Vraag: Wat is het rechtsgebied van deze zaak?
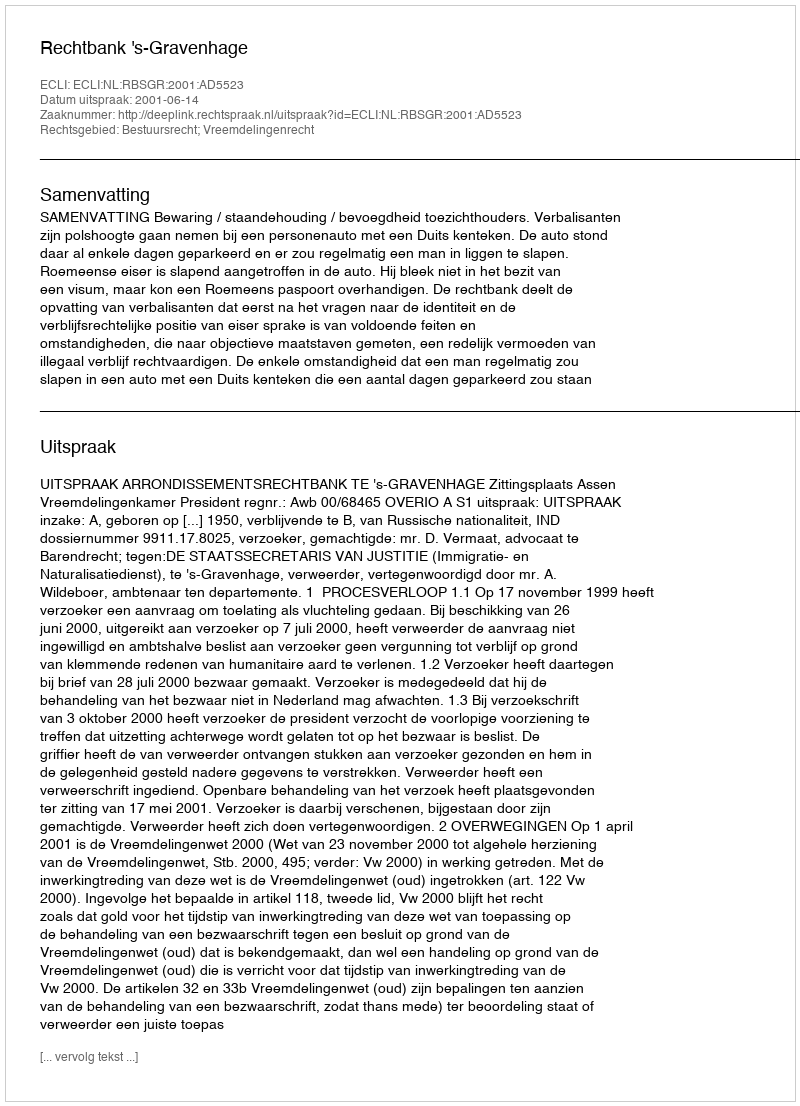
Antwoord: Bestuursrecht; Vreemdelingenrecht